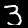
Digit: 3